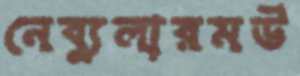
নেব্যুলারমউ